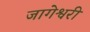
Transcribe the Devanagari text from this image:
जागेश्वरी